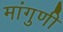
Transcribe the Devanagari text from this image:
मांगुणी